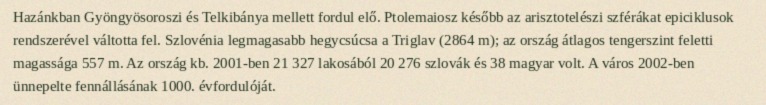
Hazánkban Gyöngyösoroszi és Telkibánya mellett fordul elő. Ptolemaiosz később az arisztotelészi szférákat epiciklusok rendszerével váltotta fel. Szlovénia legmagasabb hegycsúcsa a Triglav (2864 m); az ország átlagos tengerszint feletti magassága 557 m. Az ország kb. 2001-ben 21 327 lakosából 20 276 szlovák és 38 magyar volt. A város 2002-ben ünnepelte fennállásának 1000. évfordulóját.